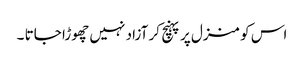
اس کو منزل پر پہنچ کر آزاد نہیں چھوڑا جاتا ۔